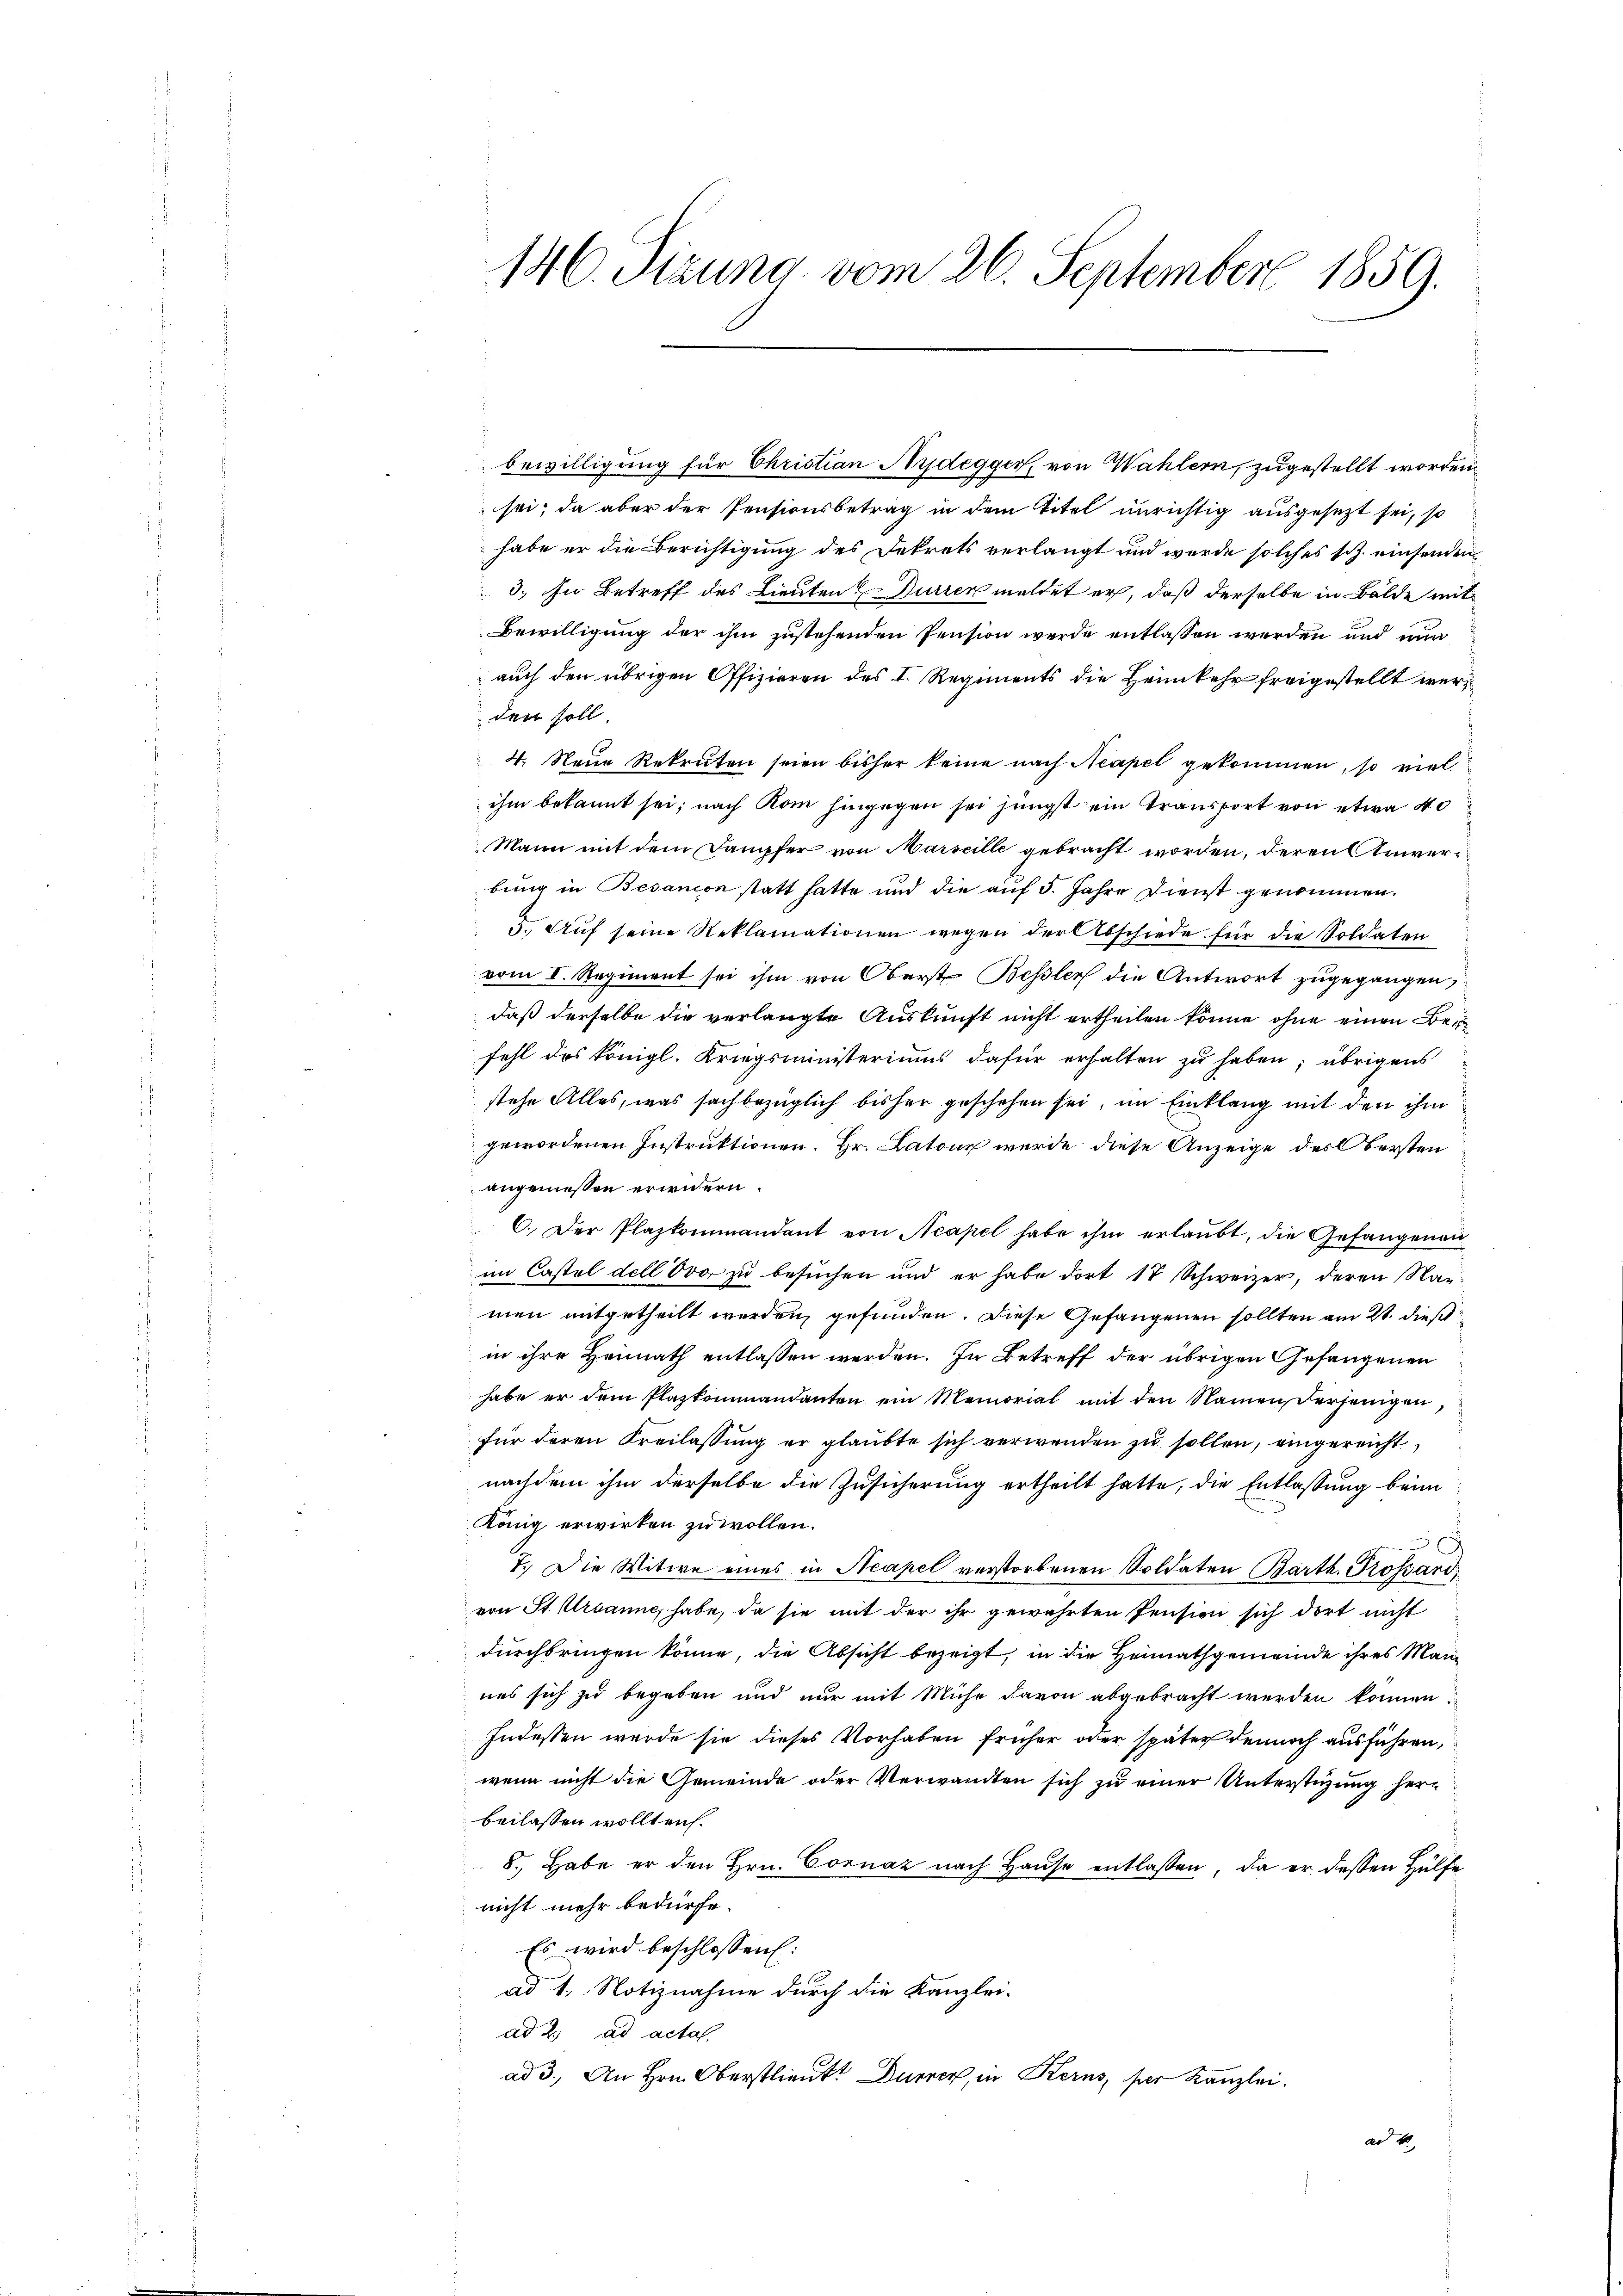
bewilligung für Christian Nydegger, von Wahlern, zugestellt worden.
sei; da aber der Pensionsbetrag in dem Titel unrichtig ausgesezt sei, so
habe er die Berichtigung des Dekrets verlangt und wurde solches sch. einsenden
3.) In Betreff des Lieuten Burren meldet er, daß derselbe in Balde mit
Bewilligung der ihm zustehenden Pension werde entlassen werden und nun
auch den übrigen Offizieren des I. Regiments die Heimkehr freigestellt werden soll.
4. Neue Rekruten seien bisher keine nach Neapel gekommen, so viel
ihm bekannt sei; nach Rom hingegen sei jüngst ein Transport von etwa 40
Mann mit dem Dampfer von Marseille gebracht worden, deren Anverbung in Besanion statt hatte und die auf 5. Jahre Dienst genommen.
5. Auf seine Reklamationen wegen der Abschiede für die Soldaten
vom I. Regiment sei ihm von Oberst Bessler die Antwort zugegangen,
daß derselbe die verlangte Auskunft nicht ertheilen könne ohne einen Befehl des Königl. Kriegsministeriums dafür erhalten zu haben; übrigens
stehe Alles, was sachbezüglich bisher geschehen sei, im Einklang mit den ihm
gewordenen Instruktionen. Hr. Latone werde diese Anzeige des Obersten
angemessen erwidern.
C. Der Plazkommandant von Neapel habe ihm erlaubt, die Gefangenen
im Castel dell Ovo zu besuchen und er habe dort 17 Schweizer, deren Nae-
men mitgetheilt werden, gefunden. Diese Gefangenen sollten am 21. dieß
in ihre Heimath entlassen werden. In Betreff der übrigen Gefangenen
habe er dem Plazkommandanten ein Memorial mit den Namen derjenigen
für deren Freilassung er glaubte sich verwenden zu sollen, eingereicht
nachdem ihm derselbe die Zusicherung ertheilt hatte, die Entlassung beim
König erwirken zu wollen.
x
7.) Die Witwe eines in Neapel verstorbenen Soldaten Barth. Grossard,
von St. Urbanne, habe, da sie mit der ihr gewährten Pension sich dort nicht
durchbringen könne, die Absicht bezeigt, in die Heimathgemeinde ihres Mannes sich zu begaben und nur mit Miche davon abgebracht werden können.
Indessen werde sie dieses Vorhaben früher oder später dennoch ausführen,
wenn nicht die Gemeinde oder Verwandten sich zu einer Unterstüzung herbeilassen wollten.
8. Habe er den Hrn. Cornaz nach Haŭse entlassen, da er dessen Hülfe
nicht mehr bedürfe.
Es wird beschlossen:
ad 1. Notiznahme durch die Kanzlei-
ad 2. ad acta
ad 3. An Hrn. Oberstlieut. Durrer, in Kerns, der Kanzlei.
ar 18

146. Sizung vom 26. September 1859.